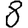
Digit: 8